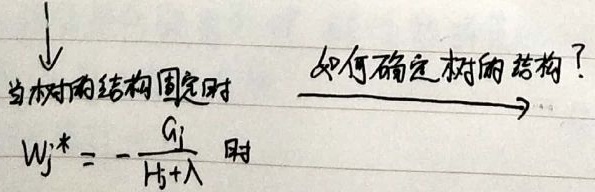
↓
当树的结构固定时 $\overset{\text{如何确定树的结构？}}{\longrightarrow}$
\[ w_j^* = - \frac{G_j}{H_j + \lambda} \text{ 时} \]